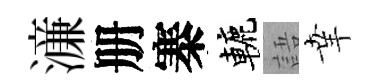
濓册寨轆語𦍒